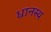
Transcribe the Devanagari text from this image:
धानस्थ